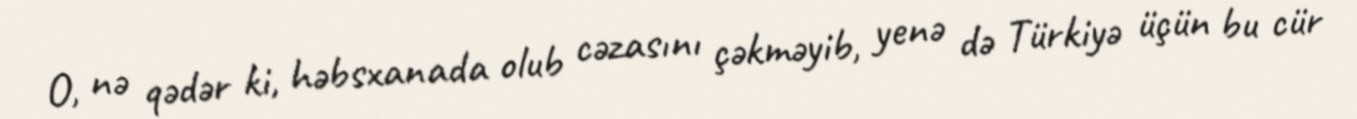
O, nə qədər ki, həbsxanada olub cəzasını çəkməyib, yenə də Türkiyə üçün bu cür